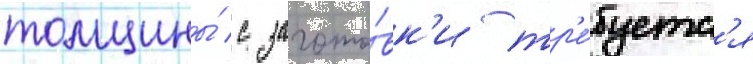
толщины́ с загото́вк'и тр'е́буетс'я